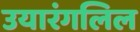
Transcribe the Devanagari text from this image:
उयारंगलिल